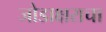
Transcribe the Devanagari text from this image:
जोडाक्षराचा